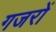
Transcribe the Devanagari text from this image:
गजरों